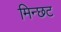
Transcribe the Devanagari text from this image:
मिन्छट